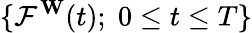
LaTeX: \{ {\mathcal{F}}^{\mathbf{W}}(t);\; 0\leq t\leq T\}